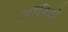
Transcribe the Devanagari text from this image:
आॅडियो